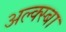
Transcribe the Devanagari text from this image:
अल्क्स्बा